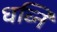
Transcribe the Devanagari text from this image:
धव्नि